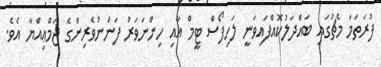
ފުރަތަމަ މެޗުގައި ބައްދަލުކޮއްފައިވަނީ ލަހިފޯސް ޓީމް އާއި ހިންނަވަރު ފަންނުވެރިންގެ ޖަމްޢިއްޔާ އެވެ.